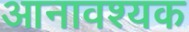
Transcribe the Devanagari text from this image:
आनावश्यक